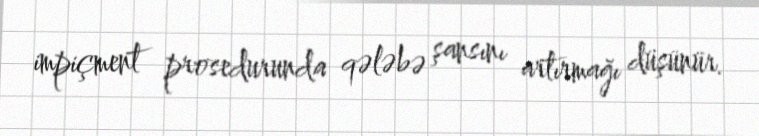
impiçment prosedurunda qələbə şansını artırmağı düşünür.